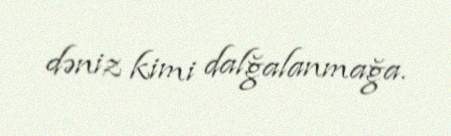
dəniz kimi dalğalanmağa.